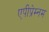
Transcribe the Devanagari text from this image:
एपीप्रेम्नम